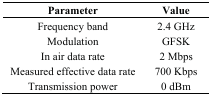
<table><thead><tr><td><b>Parameter</b></td><td><b>Value</b></td></tr></thead><tbody><tr><td>Frequency band</td><td>2.4 GHz</td></tr><tr><td>Modulation</td><td>GFSK</td></tr><tr><td>In air data rate</td><td>2 Mbps</td></tr><tr><td>Measured effective data rate</td><td>700 Kbps</td></tr><tr><td>Transmission power</td><td>0 dBm</td></tr></tbody></table>